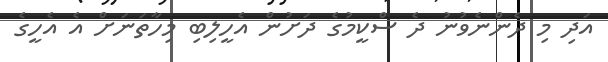
އަދި މި ދެންނެވުނު ދެ ސްކީމުގެ ދަށުން އެހީލިބި މިހާތަނަށް އެ އެހީގެ